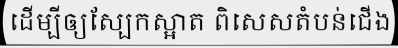
ដើម្បីឲ្យស្បែកស្អាត ពិសេសតំបន់ជើង